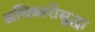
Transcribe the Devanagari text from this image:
अधिकारीसुद्धा